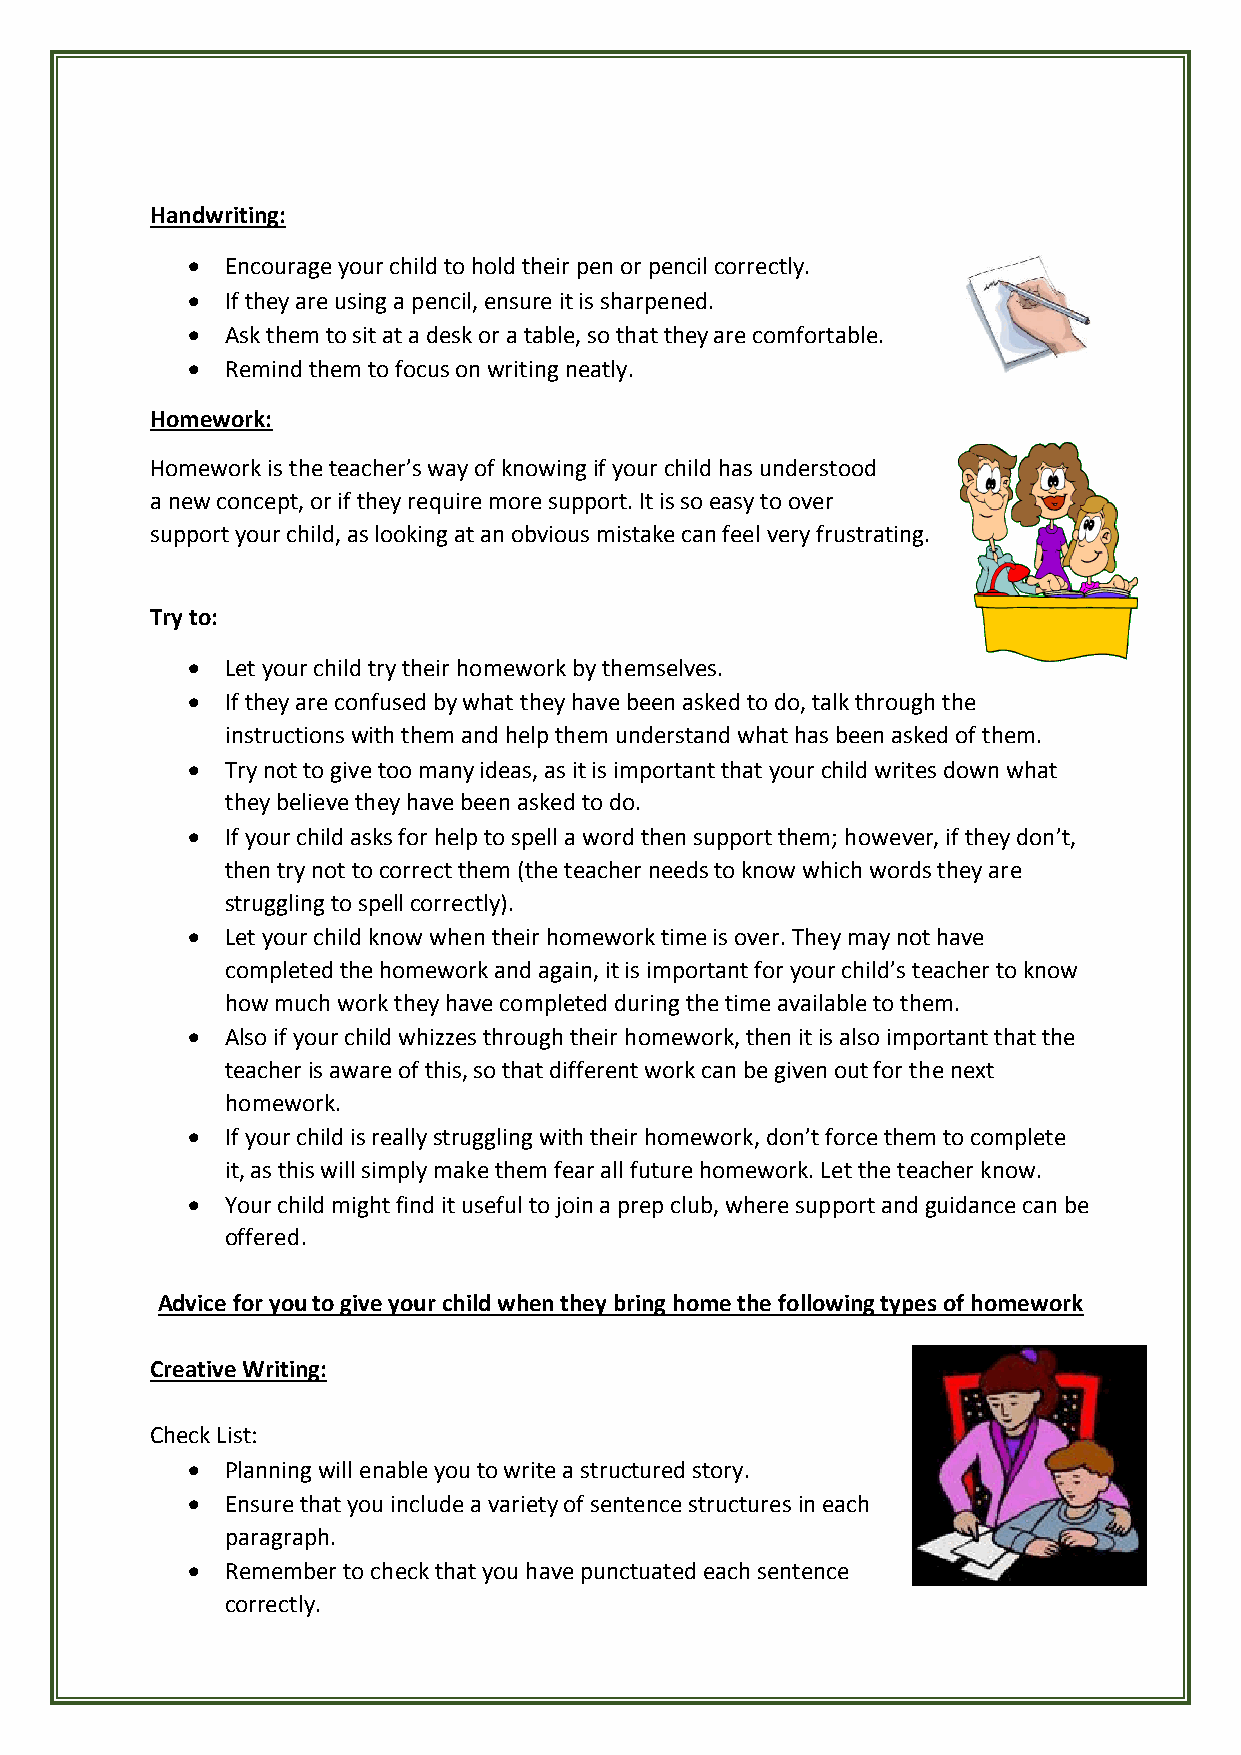
Handwriting:
   Encourage your child to hold their pen or pencil correctly.
   If they are using a pencil, ensure it is sharpened.
   Ask them to sit at a desk or a table, so that they are comfortable.
   Remind them to focus on writing neatly.
 Homework:
 Homework is the teacher’s way of knowing if your child has understood
 a new concept, or if they require more support. It is so easy to over
 support your child, as looking at an obvious mistake can feel very frustrating.
 Try to:
   Let your child try their homework by themselves.
   If they are confused by what they have been asked to do, talk through the
 instructions with them and help them understand what has been asked of them.
   Try not to give too many ideas, as it is important that your child writes down what
 they believe they have been asked to do.
   If your child asks for help to spell a word then support them; however, if they don’t,
 then try not to correct them (the teacher needs to know which words they are
 struggling to spell correctly).
   Let your child know when their homework time is over. They may not have
 completed the homework and again, it is important for your child’s teacher to know
 how much work they have completed during the time available to them.
   Also if your child whizzes through their homework, then it is also important that the
 teacher is aware of this, so that different work can be given out for the next
 homework.
   If your child is really struggling with their homework, don’t force them to complete
 it, as this will simply make them fear all future homework. Let the teacher know.
   Your child might find it useful to join a prep club, where support and guidance can be
 offered.
 Advice for you to give your child when they bring home the following types of homework
 Creative Writing:
 Check List:
   Planning will enable you to write a structured story.
   Ensure that you include a variety of sentence structures in each
 paragraph.
   Remember to check that you have punctuated each sentence
 correctly.